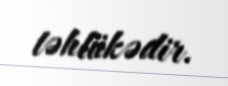
təhlükədir.